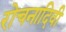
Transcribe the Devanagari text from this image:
रोचनादिवी